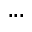
. . .